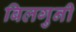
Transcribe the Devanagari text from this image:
बिलगुनी